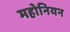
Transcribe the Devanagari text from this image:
महोनियन